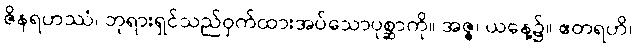
ဇိနရဟဿံ၊ ဘုရားရှင်သည်ဝှက်ထားအပ်သောပုစ္ဆာကို။ အဇ္ဇ၊ ယနေ့၌။ ဧတရဟိ၊